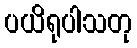
ပယိရုပါသတု